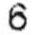
6